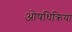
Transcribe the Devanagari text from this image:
ओषधिक्रिया